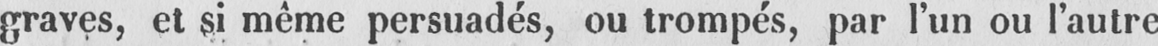
graves, et si même persuadés, ou trompés, par l’un ou l’autre